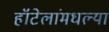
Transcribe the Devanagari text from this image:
हॉटेलांमधल्या